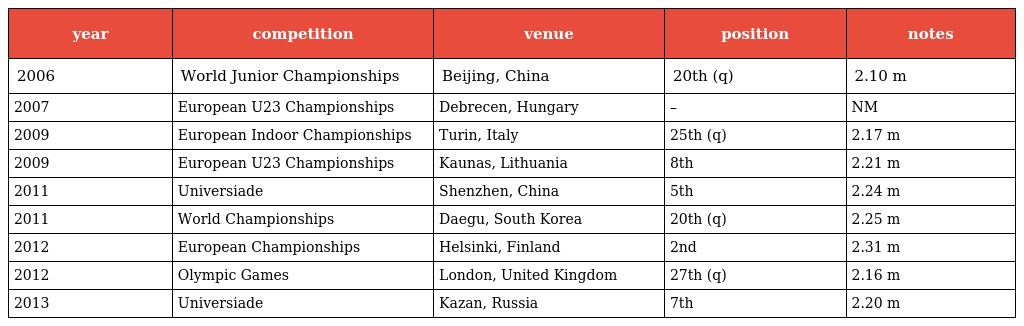
| year | competition | venue | position | notes |
 | --- | --- | --- | --- | --- |
 | 2006 | World Junior Championships | Beijing, China | 20th (q) | 2.10 m |
 | 2007 | European U23 Championships | Debrecen, Hungary | – | NM |
 | 2009 | European Indoor Championships | Turin, Italy | 25th (q) | 2.17 m |
 | 2009 | European U23 Championships | Kaunas, Lithuania | 8th | 2.21 m |
 | 2011 | Universiade | Shenzhen, China | 5th | 2.24 m |
 | 2011 | World Championships | Daegu, South Korea | 20th (q) | 2.25 m |
 | 2012 | European Championships | Helsinki, Finland | 2nd | 2.31 m |
 | 2012 | Olympic Games | London, United Kingdom | 27th (q) | 2.16 m |
 | 2013 | Universiade | Kazan, Russia | 7th | 2.20 m |